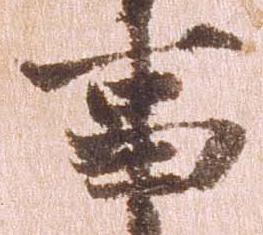
事